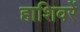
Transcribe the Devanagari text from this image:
हाशिवरें